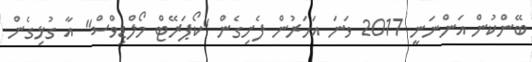
ބޭންކުން އަންނަނީ 2017 ވަނަ އަހަރުން ފެށިގެން "ކޯޕަރޭޓް މޯލްޑިވްސް" އާ ގުޅިގެން